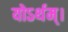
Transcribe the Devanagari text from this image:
योऽर्थम्।